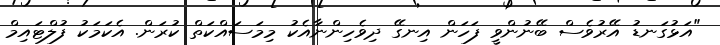
"އަޅުގަނޑު އޭރުވެސް ބޭނުންވީ ފަހަން އިނގޭ ދިވެހިންނާއެކު މިމަސައްކަތް ކުރަން. އެކަމަކު ފުލްޓައިމް